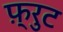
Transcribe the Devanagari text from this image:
फ़्रुट